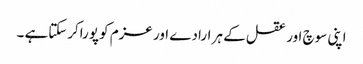
اپنی سوچ اور عقل کے ہر ارادے اور عزم کو پوراکرسکتاہے ۔